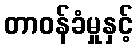
တာဝန်ခံမှုနှင့်